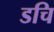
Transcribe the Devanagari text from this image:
डचि